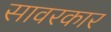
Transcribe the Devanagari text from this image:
सावरकार